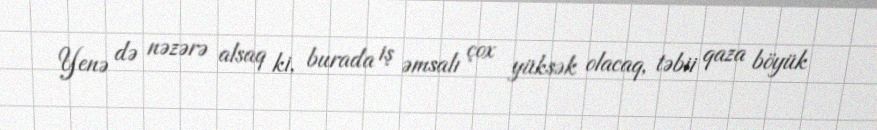
Yenə də nəzərə alsaq ki, burada iş əmsalı çox yüksək olacaq, təbii qaza böyük